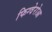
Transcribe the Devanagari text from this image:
फिग्वेरोआ